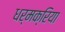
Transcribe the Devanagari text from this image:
धर्मक्रिया